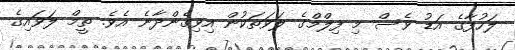
ލަހުފާގެ އަޑު ވެސް މި ފިލްމްގެ ލަވަތަކުން އިވިގެންދާނެ އެވެ. ތީމް ލަވައިގެ